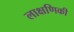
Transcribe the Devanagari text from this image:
लाक्षणिकी